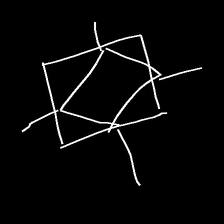
Glyph: light